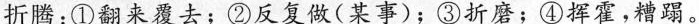
折腾：①翻来覆去；②反复做(某事)；③折磨；④挥霍，糟蹋。